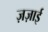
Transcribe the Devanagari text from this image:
ज़ज़ाई